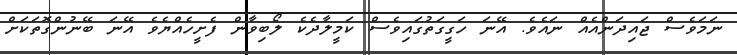
ނަމަވެސް ޖައިދަންއެއް ނައެވެ. އޭނަ ހަގީގަތުގައިވެސް ކަމީލާދެކެ ލޯބިވާން ފެށީހެއްޔެވެ އޭނަ ބޭނުންގޮތަކަށް